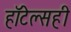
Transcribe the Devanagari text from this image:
हॉटेल्सही